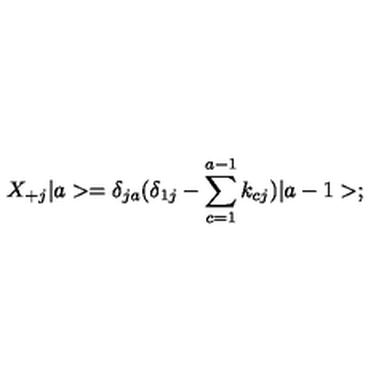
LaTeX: X _ { + j } \vert a > = \delta _ { j a } ( \delta _ { 1 j } - \sum _ { c = 1 } ^ { a - 1 } k _ { c j } ) \vert a - 1 > ;